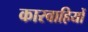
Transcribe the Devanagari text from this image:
कारवाहियों